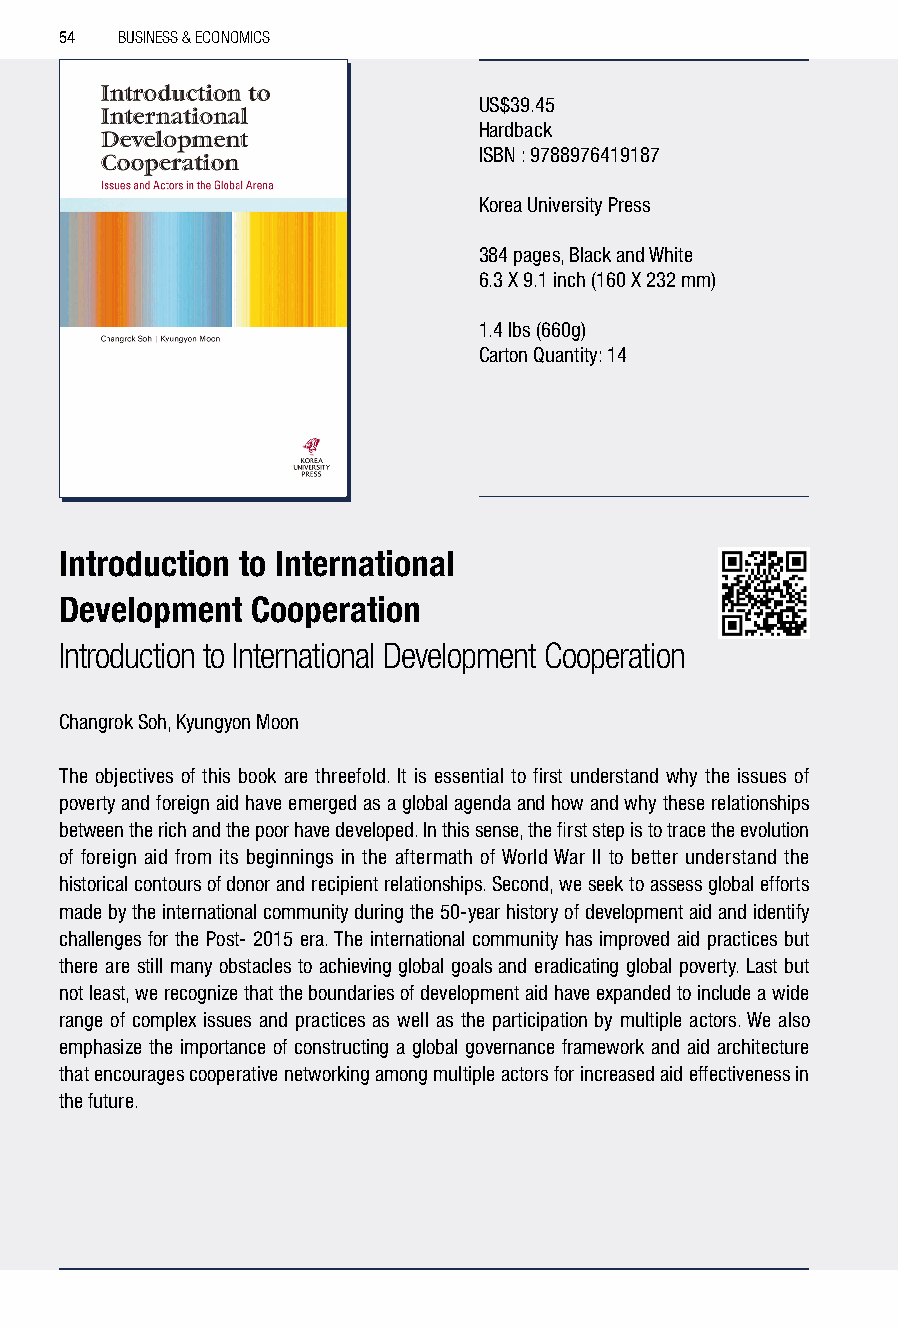
54  BUSINESS & ECONOMICS
 US$39.45
 Hardback
 ISBN : 9788976419187
 Korea University Press
 384 pages, Black and White
 6.3 X 9.1 inch (160 X 232 mm)
 1.4 lbs (660g)
 Carton Quantity: 14
 Introduction to International
 Development  Cooperation
 Introduction to International Development Cooperation
 Changrok Soh, Kyungyon Moon
 The objectives of this book are threefold. It is essential to first understand why the issues of
 poverty and foreign aid have emerged as a global agenda and how and why these relationships
 between the rich and the poor have developed. In this sense, the first step is to trace the evolution
 of foreign aid from its beginnings in the aftermath of World War II to better understand the
 historical contours of donor and recipient relationships. Second, we seek to assess global efforts
 made by the international community during the 50-year history of development aid and identify
 challenges for the Post- 2015 era. The international community has improved aid practices but
 there are still many obstacles to achieving global goals and eradicating global poverty. Last but
 not least, we recognize that the boundaries of development aid have expanded to include a wide
 range of complex issues and practices as well as the participation by multiple actors. We also
 emphasize the importance of constructing a global governance framework and aid architecture
 that encourages cooperative networking among multiple actors for increased aid effectiveness in
 the future.